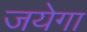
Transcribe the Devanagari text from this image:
जयेगा